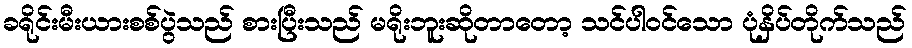
ခရိုင်းမီးယားစစ်ပွဲသည် စားပြီးသည် မရိုးဘူးဆိုတာတော့ သင်ပါဝင်သော ပုံနှိပ်တိုက်သည်